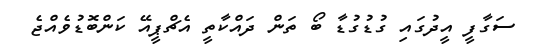
ސަގާފީ އީދުގައި ގުޑުގުޑާ ބޯ ތަން ދައްކާތީ އެޗްޕީއޭ ކަންބޮޑުވެއްޖެ